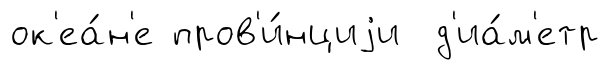
ок'еа́н'е пров'и́нциjи д'иа́м'етр